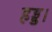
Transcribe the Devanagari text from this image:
हड्ड।